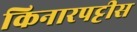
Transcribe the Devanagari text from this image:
किनारपट्टीस